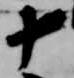
十